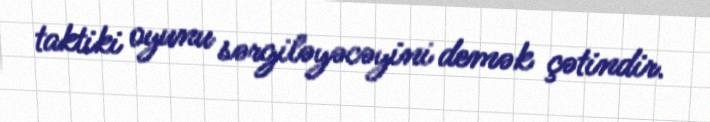
taktiki oyunu sərgiləyəcəyini demək çətindir.